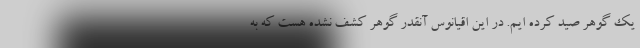
یک گوهر صید کرده ایم. در این اقیانوس آنقدر گوهر کشف نشده هست که به